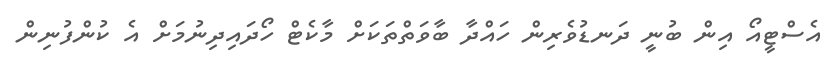
އެސްޓީއޯ އިން ބުނީ ދަނޑުވެރިން ހައްދާ ބާވަތްތަކަށް މާކެޓް ހޯދައިދިނުމަށް އެ ކުންފުނިން